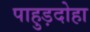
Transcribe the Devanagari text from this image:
पाहुड़दोहा